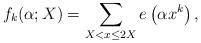
LaTeX: \begin{align*}f_k(\alpha; X)=\sum_{X < x \le 2X}e\left( \alpha x^k \right),\end{align*}